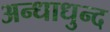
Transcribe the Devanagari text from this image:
अन्धाधुन्द